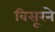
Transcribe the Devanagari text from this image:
बिसूरने